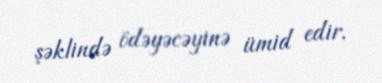
şəklində ödəyəcəyinə ümid edir.